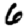
Digit: 6